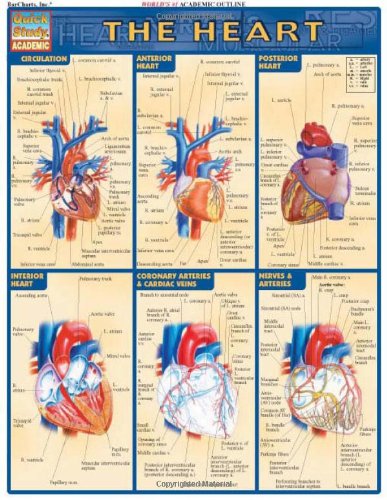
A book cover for Heart (Quickstudy: Academic); Inc. BarCharts; Cookbooks, Food & Wine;